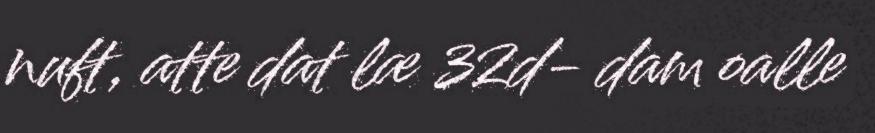
nuft, atte dat læ 32d- dam oalle